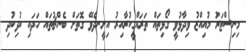
މިނިސްޓަރު މުއިއްޒު ވިދާޅުވީ ގޯޅިތައް ތަރައްގީކުރާއިރު އިށީނދެވޭ ގޮތަށް ބެންޗުތައް ހަދައި ކުދިކުދި